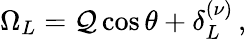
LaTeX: \Omega_{L}={\cal Q}\cos\theta+\delta_{L}^{(\nu)}\, ,